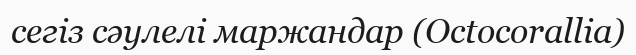
сегіз сәулелі маржандар (Octocorallіa)